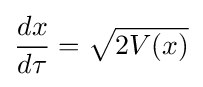
{dx \over d\tau }={\sqrt {2V(x)}}